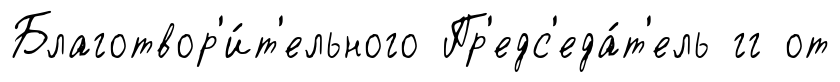
Благотвор'и́т'ельного Пр'едс'еда́т'ель гг от